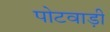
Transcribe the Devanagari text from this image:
पोटवाड़ी